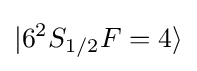
|6^{2}S_{1/2}F=4\rangle